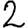
Digit: 2